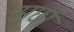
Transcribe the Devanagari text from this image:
मुछो